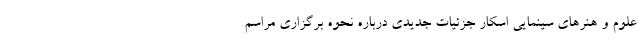
علوم و هنرهای سینمایی اسکار جزئیات جدیدی درباره نحوه برگزاری مراسم